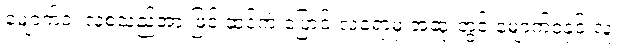
မျောက်ဝံ၊ လူစသည်အားဖြင့် ဆင့်ကဲ ပြောင်းလဲခဲ့ရာမှ အဆုံးတွင် မျောက်ဝံနှင့် လူ